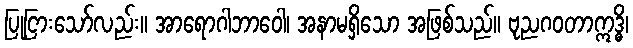
ပြုငြားသော်လည်း။ အာရောဂါဘာဝေါ၊ အနာမရှိသော အဖြစ်သည်။ ဗုညဂဝတာဣဒ္ဓိ၊